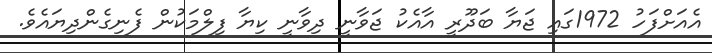
އެއަށްފަހު 1972ގައި ޖަޔާ ބަދޫރީ އާއެކު ޖަވާނީ ދިވާނީ ކިޔާ ފިލްމަކުން ފެނިގެންދިޔައެވެ.